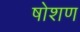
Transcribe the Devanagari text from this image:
षोशण